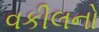
વકીલનો